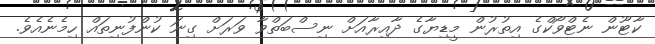
ކާޓޫން ނެޓްވޯކްގެ އިތުރުން މީޑިޔާގެ ދާއިރާއަށް ނިސްބަތްވާ ވަރަށް ގިނަ ކުންފުނިތައް ހިމެނެއެވެ.